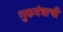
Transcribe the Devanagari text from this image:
गुरुमंत्राची